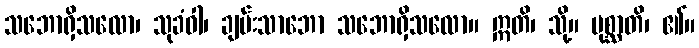
သဘောရှိသလော၊ သုခံဝါ၊ ချမ်းသာဘော သဘောရှိသလော။ ဣတိ၊ သို့။ ပုစ္ဆာတိ၊ ၏။